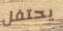
يحتفل